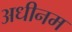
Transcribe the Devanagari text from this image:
अधीनम